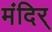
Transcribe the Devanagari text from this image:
मंदिर्